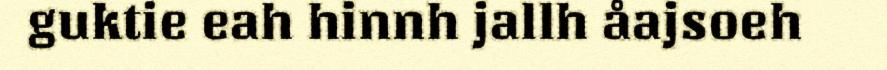
guktie eah hinnh jallh åajsoeh